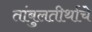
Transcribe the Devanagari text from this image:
तांबुलतीर्थाचे